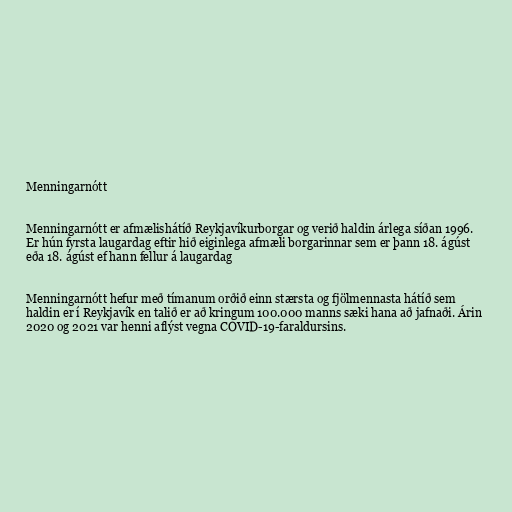
Menningarnótt

Menningarnótt er afmælishátíð Reykjavíkurborgar og verið haldin árlega síðan 1996.
Er hún fyrsta laugardag eftir hið eiginlega afmæli borgarinnar sem er þann 18. ágúst
eða 18. ágúst ef hann fellur á laugardag

Menningarnótt hefur með tímanum orðið einn stærsta og fjölmennasta hátíð sem
haldin er í Reykjavík en talið er að kringum 100.000 manns sæki hana að jafnaði. Árin
2020 og 2021 var henni aflýst vegna COVID-19-faraldursins.